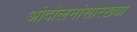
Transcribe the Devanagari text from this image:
आंदोलनांसारख्या